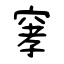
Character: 窙